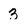
Character: 3